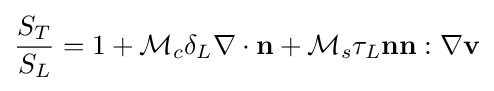
{\frac {S_{T}}{S_{L}}}=1+{\mathcal {M}}_{c}\delta _{L}\nabla \cdot \mathbf {n} +{\mathcal {M}}_{s}\tau _{L}\mathbf {n} \mathbf {n} :\nabla \mathbf {v}